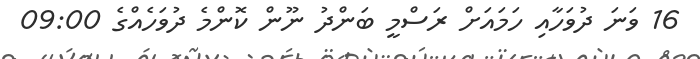
16 ވަނަ ދުވަހާއި ހަމައަށް ރަސްމީ ބަންދު ނޫން ކޮންމެ ދުވަހެއްގެ 09:00